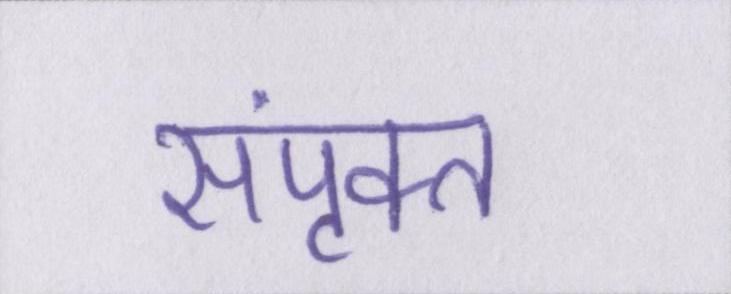
संपृक्त